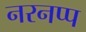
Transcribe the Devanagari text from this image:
नरनप्प